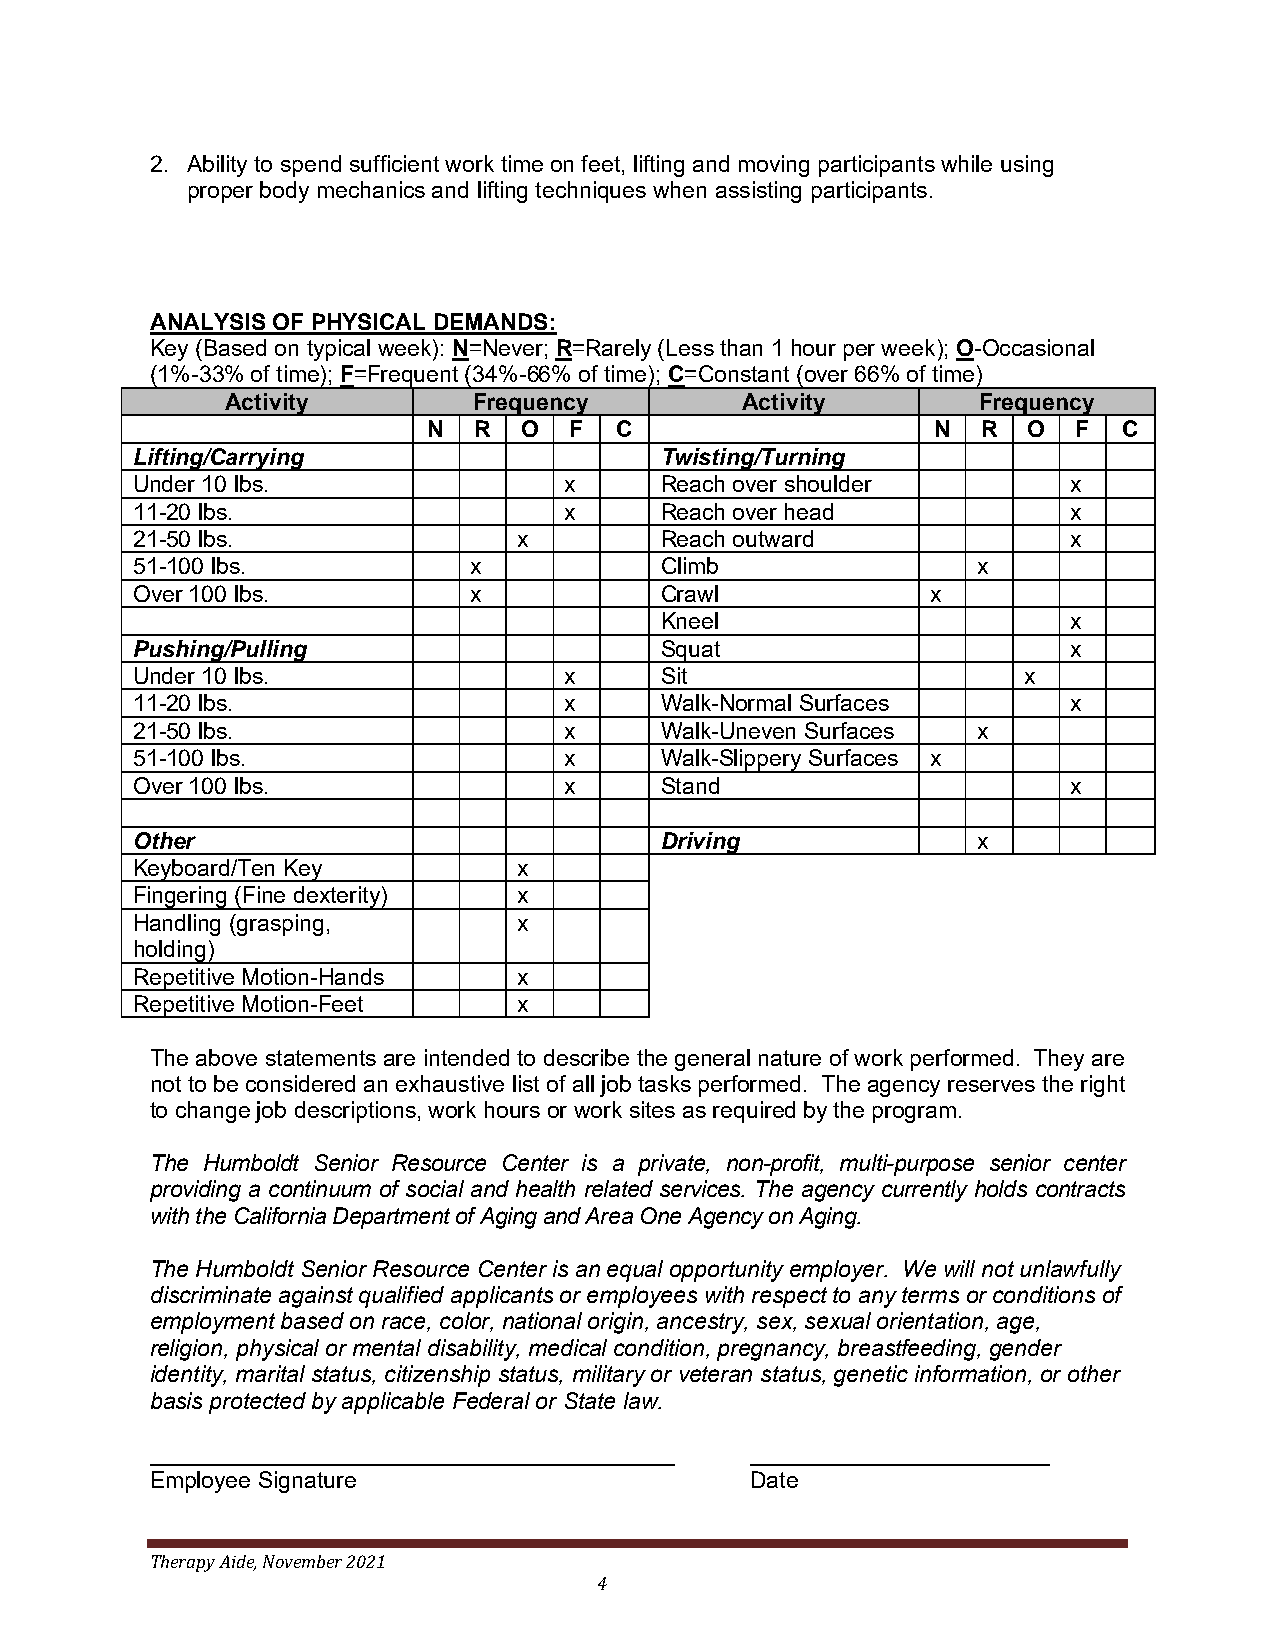
2. Ability to spend sufficient work time on feet, lifting and moving participants while using
 proper body mechanics and lifting techniques when assisting participants.
 ANALYSIS OF PHYSICAL DEMANDS:
 Key (Based on typical week): N=Never; R=Rarely (Less than 1 hour per week); O-Occasional
 (1%-33% of time); F=Frequent (34%-66% of time); C=Constant (over 66% of time)
 Activity        Frequency         Activity        Frequency
 N  R  O   F  C                    N  R  O  F  C
 Lifting/Carrying                   Twisting/Turning
 Under 10 lbs.               x      Reach over shoulder        x
 11-20 lbs.                  x      Reach over head            x
 21-50 lbs.               x         Reach outward              x
 51-100 lbs.           x            Climb                x
 Over 100 lbs.         x            Crawl             x
 Kneel                      x
 Pushing/Pulling                    Squat                      x
 Under 10 lbs.               x      Sit                     x
 11-20 lbs.                  x      Walk-Normal Surfaces       x
 21-50 lbs.                  x      Walk-Uneven Surfaces x
 51-100 lbs.                 x      Walk-Slippery Surfaces x
 Over 100 lbs.               x      Stand                      x
 Other                              Driving              x
 Keyboard/Ten Key         x
 Fingering (Fine dexterity) x
 Handling (grasping,      x
 holding)
 Repetitive Motion-Hands  x
 Repetitive Motion-Feet   x
 The above statements are intended to describe the general nature of work performed. They are
 not to be considered an exhaustive list of all job tasks performed. The agency reserves the right
 to change job descriptions, work hours or work sites as required by the program.
 The Humboldt Senior Resource Center is a private, non-profit, multi-purpose senior center
 providing a continuum of social and health related services. The agency currently holds contracts
 with the California Department of Aging and Area One Agency on Aging.
 The Humboldt Senior Resource Center is an equal opportunity employer. We will not unlawfully
 discriminate against qualified applicants or employees with respect to any terms or conditions of
 employment based on race, color, national origin, ancestry, sex, sexual orientation, age,
 religion, physical or mental disability, medical condition, pregnancy, breastfeeding, gender
 identity, marital status, citizenship status, military or veteran status, genetic information, or other
 basis protected by applicable Federal or State law.
 Employee Signature                      Date
 Therapy Aide, November 2021
 4